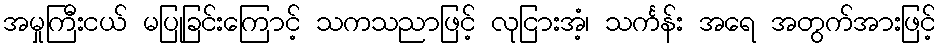
အမှုကြီးငယ် မပြုခြင်းကြောင့် သကသညာဖြင့် လုငြားအံ့၊ သင်္ကန်း အရေ အတွက်အားဖြင့်